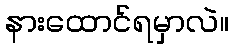
နားထောင်ရမှာလဲ။